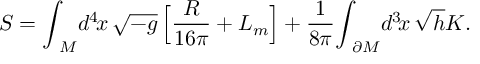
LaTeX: S = { \int } _ { \! \! M } d ^ { 4 } \! x \, \sqrt { - g } \, \Big [ { \frac { R } { 1 6 \pi } } + { \cal L } _ { m } \Big ] + \frac { 1 } { 8 { \pi } } { \int } _ { \! \! \partial M } d ^ { 3 } \! x \, \sqrt { h } K .